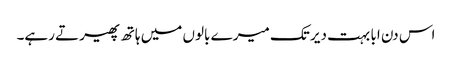
اس دن ابا بہت دیر تک میرے بالوں میں ہاتھ پھیرتے رہے۔